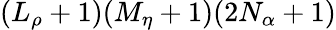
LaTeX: (L_{\rho}+1)(M_{\eta}+1)(2N_{\alpha}+1)